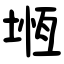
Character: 堩